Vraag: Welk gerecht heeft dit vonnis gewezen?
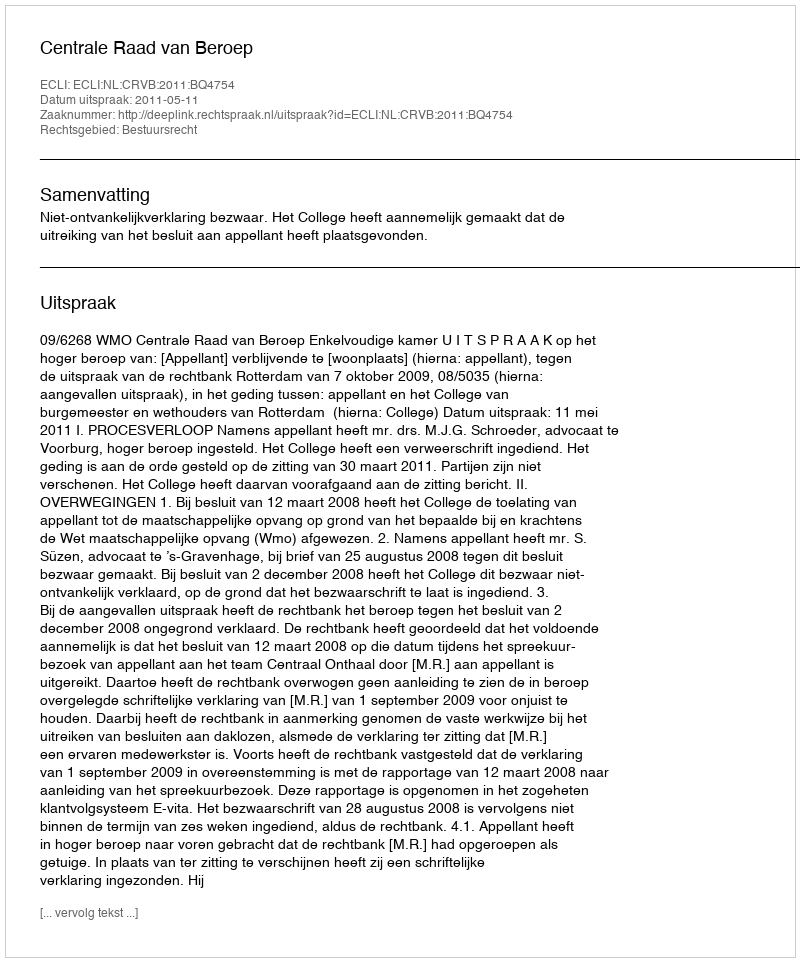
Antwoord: Centrale Raad van Beroep